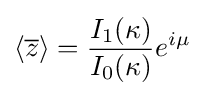
\langle {\overline {z}}\rangle ={\frac {I_{1}(\kappa )}{I_{0}(\kappa )}}e^{i\mu }